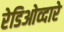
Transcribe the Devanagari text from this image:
रेडिओव्दारे